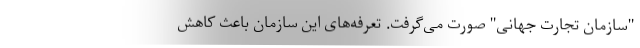
"سازمان تجارت جهانی" صورت می‌گرفت. تعرفه‌های این سازمان باعث کاهش